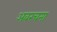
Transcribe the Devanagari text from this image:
अवरचना